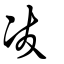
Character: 冹